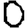
Digit: 0